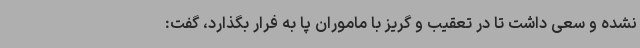
نشده و سعی داشت تا در تعقیب و گریز با ماموران پا به فرار بگذارد، گفت: